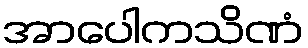
အာပေါကသိဏံ